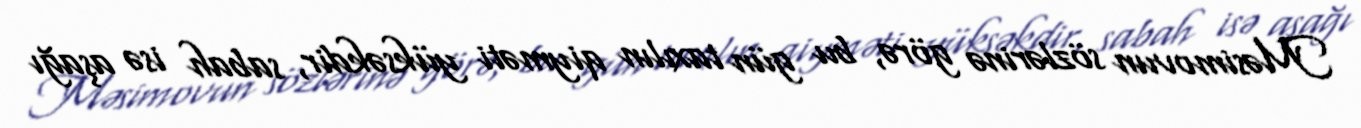
Məsimovun sözlərinə görə, bu gün taxılın qiyməti yüksəkdir, sabah isə aşağı